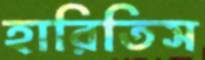
হারিতিস